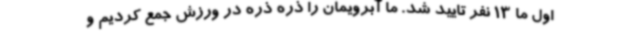
اول ما 13 نفر تایید شد. ما آبرویمان را ذره ذره در ورزش جمع کردیم و